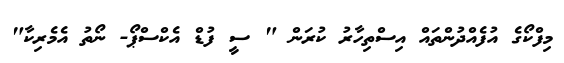
މިފްކޯގެ އުފެއްދުންތައް އިސްތިހާރު ކުރަން " ސީ ފުޑް އެކްސްޕޯ- ނޯތު އެމެރިކާ"